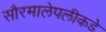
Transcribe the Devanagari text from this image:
सौरमालेपलीकडे